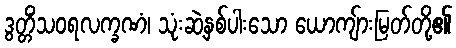
ဒွတ္တိံသဝရလက္ခဏံ၊ သုံးဆဲ့နှစ်ပါးသော ယောကျ်ားမြတ်တို့၏